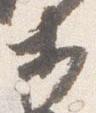
等